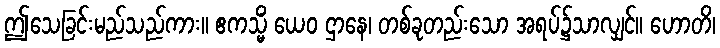
ဤသေခြင်းမည်သည်ကား။ ဧကသ္မိံ ယေဝ ဌာနေ၊ တစ်ခုတည်းသော အရပ်၌သာလျှင်။ ဟောတိ၊